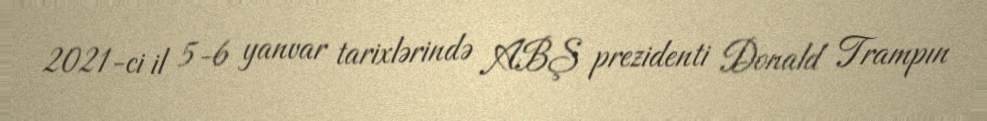
2021-ci il 5-6 yanvar tarixlərində ABŞ prezidenti Donald Trampın